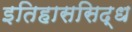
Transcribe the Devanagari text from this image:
इतिहाससिद्ध